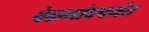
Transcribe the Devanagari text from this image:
बेळगांवपर्यंत